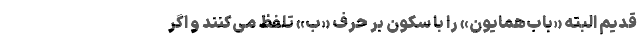
قدیم البته «بابْ‌همایون» را با سکون بر حرف «بْ» تلفظ می‌کنند و اگر